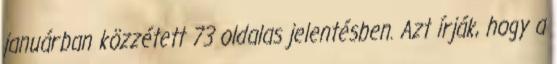
januárban közzétett 73 oldalas jelentésben. Azt írják, hogy a